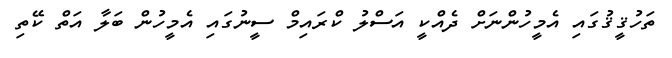
ތަހުޤީޤުގައި އެމީހުންނަށް ދެއްކީ އަސްލު ކްރައިމް ސީނުގައި އެމީހުން ބަލާ އަތް ކޭތި